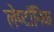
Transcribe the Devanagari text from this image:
लेप्टॉनिक